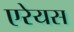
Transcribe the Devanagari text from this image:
एरेयस